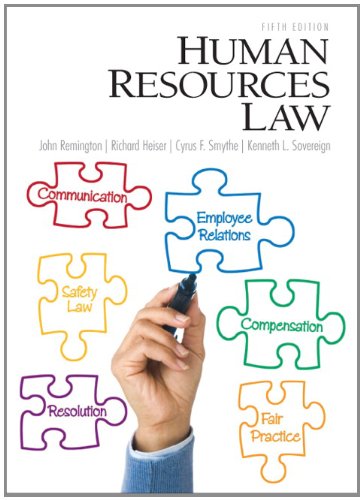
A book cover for Human Resources Law (5th Edition); John Remington; Law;